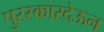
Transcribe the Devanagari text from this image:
पुरस्कारदेऊन